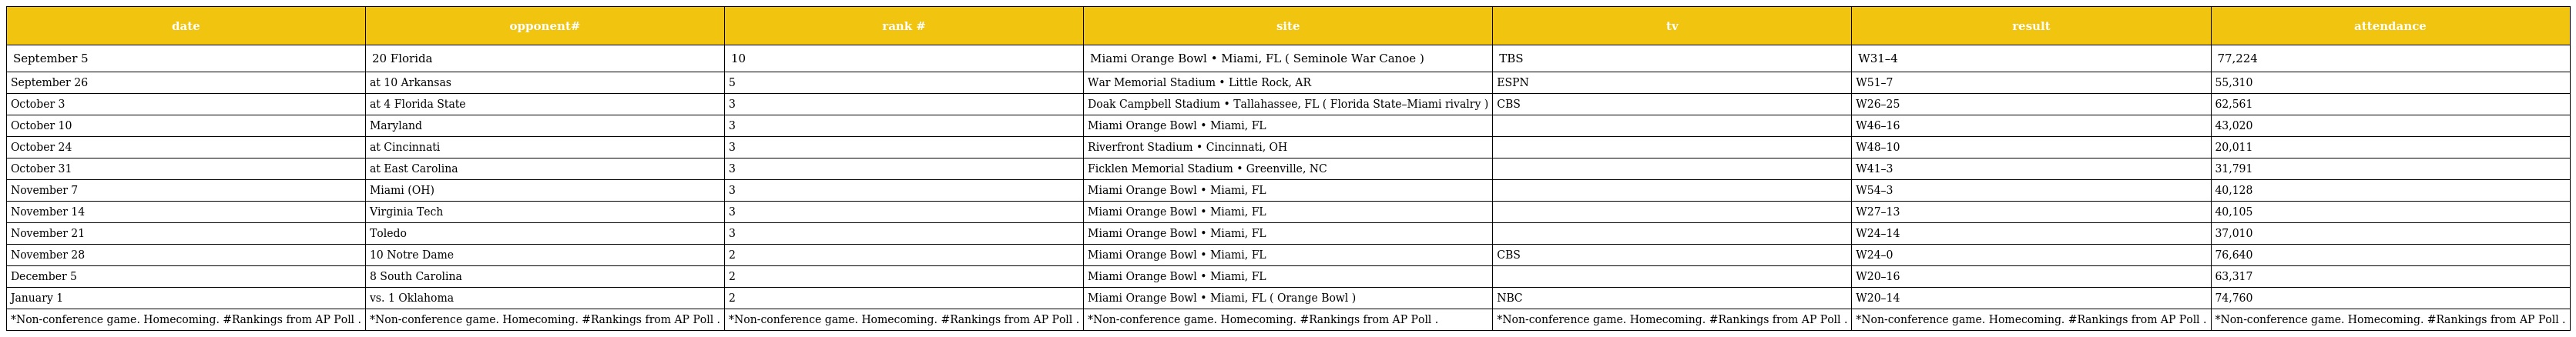
| date | opponent# | rank # | site | tv | result | attendance |
 | --- | --- | --- | --- | --- | --- | --- |
 | September 5 | 20 Florida | 10 | Miami Orange Bowl • Miami, FL ( Seminole War Canoe ) | TBS | W31–4 | 77,224 |
 | September 26 | at 10 Arkansas | 5 | War Memorial Stadium • Little Rock, AR | ESPN | W51–7 | 55,310 |
 | October 3 | at 4 Florida State | 3 | Doak Campbell Stadium • Tallahassee, FL ( Florida State–Miami rivalry ) | CBS | W26–25 | 62,561 |
 | October 10 | Maryland | 3 | Miami Orange Bowl • Miami, FL |  | W46–16 | 43,020 |
 | October 24 | at Cincinnati | 3 | Riverfront Stadium • Cincinnati, OH |  | W48–10 | 20,011 |
 | October 31 | at East Carolina | 3 | Ficklen Memorial Stadium • Greenville, NC |  | W41–3 | 31,791 |
 | November 7 | Miami (OH) | 3 | Miami Orange Bowl • Miami, FL |  | W54–3 | 40,128 |
 | November 14 | Virginia Tech | 3 | Miami Orange Bowl • Miami, FL |  | W27–13 | 40,105 |
 | November 21 | Toledo | 3 | Miami Orange Bowl • Miami, FL |  | W24–14 | 37,010 |
 | November 28 | 10 Notre Dame | 2 | Miami Orange Bowl • Miami, FL | CBS | W24–0 | 76,640 |
 | December 5 | 8 South Carolina | 2 | Miami Orange Bowl • Miami, FL |  | W20–16 | 63,317 |
 | January 1 | vs. 1 Oklahoma | 2 | Miami Orange Bowl • Miami, FL ( Orange Bowl ) | NBC | W20–14 | 74,760 |
 | *Non-conference game. Homecoming. #Rankings from AP Poll . | *Non-conference game. Homecoming. #Rankings from AP Poll . | *Non-conference game. Homecoming. #Rankings from AP Poll . | *Non-conference game. Homecoming. #Rankings from AP Poll . | *Non-conference game. Homecoming. #Rankings from AP Poll . | *Non-conference game. Homecoming. #Rankings from AP Poll . | *Non-conference game. Homecoming. #Rankings from AP Poll . |